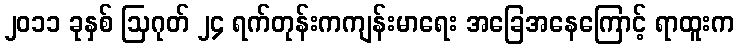
၂၀၁၁ ခုနှစ် ဩဂုတ် ၂၄ ရက်တုန်းကကျန်းမာရေး အခြေအနေကြောင့် ရာထူးက